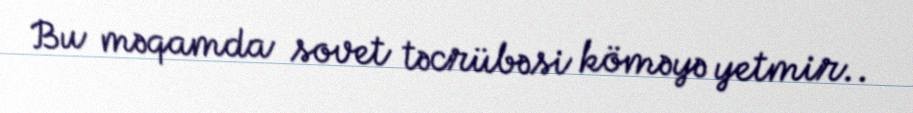
Bu məqamda sovet təcrübəsi köməyə yetmir..